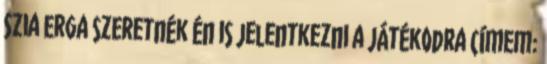
Szia Erga szeretnék én is jelentkezni a játékodra Címem: